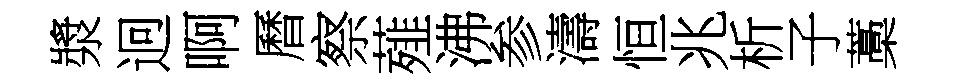
漿迥啊曆察薤沸参濤恒兆析子藁